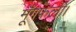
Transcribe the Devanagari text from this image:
मूँगफली।